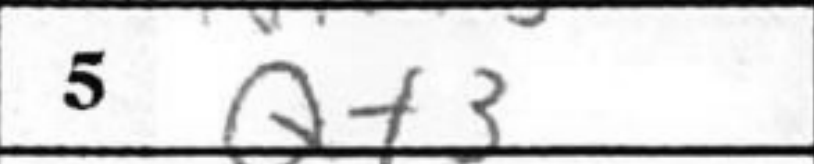
Transcription: Qf3